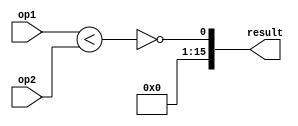
module unsignedGreaterOrEqual_16bit(
    op1,
    op2,
    result
);

input[15:0] op1;
input[15:0] op2;
output[15:0] result;

assign result[0] = ~(op1 < op2);
assign result[15:1] = {15{1'b0}};

endmodule // unsignedGreaterOrEqual_16bit